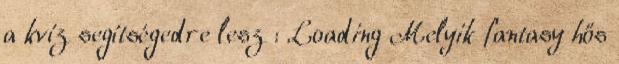
a kvíz segítségedre lesz : Loading Melyik fantasy hős